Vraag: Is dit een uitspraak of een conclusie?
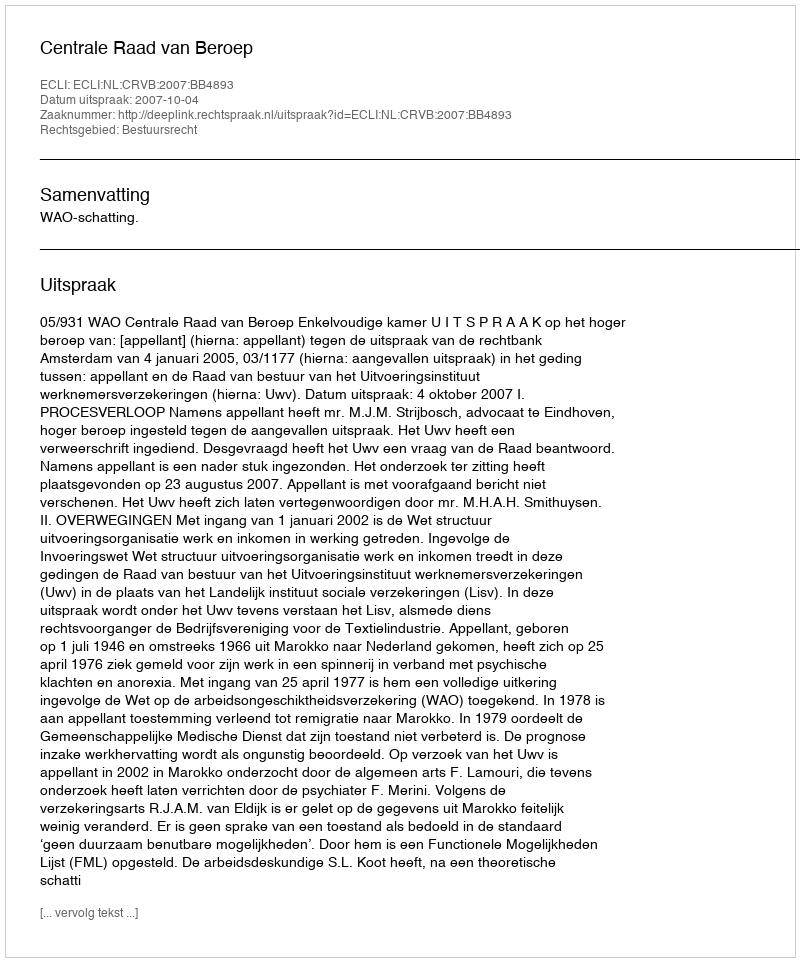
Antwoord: Uitspraak